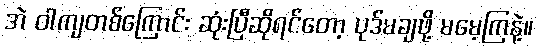
အဲ ဝါကျတစ်ကြောင်း ဆုံးပြီဆိုရင်တော့ ပုဒ်မချဖို့ မမေ့ကြနဲ့။